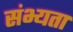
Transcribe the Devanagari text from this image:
संभ्यता